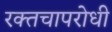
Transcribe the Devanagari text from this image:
रक्तचापरोधी